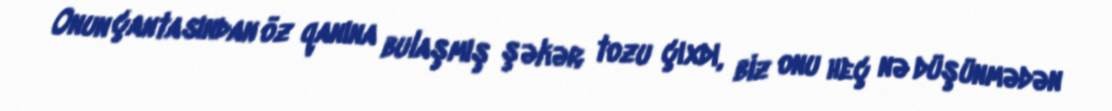
Onun çantasından öz qanına bulaşmış şəkər tozu çıxdı, biz onu heç nə düşünmədən